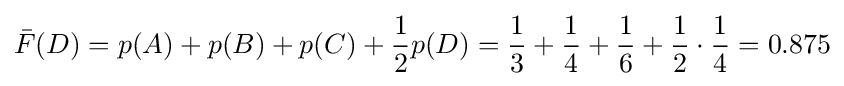
{\bar {F}}(D)=p(A)+p(B)+p(C)+{\frac {1}{2}}p(D)={\frac {1}{3}}+{\frac {1}{4}}+{\frac {1}{6}}+{\frac {1}{2}}\cdot {\frac {1}{4}}=0.875